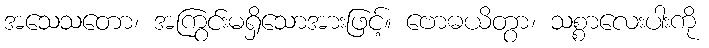
အသေသတော၊ အကြွင်းမရှိသောအားဖြင့်။ ဗောဓယိတွာ၊ သစ္စာလေးပါးကို